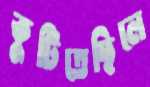
কুটিতেছিলে